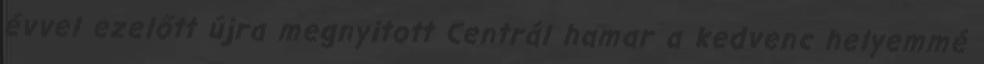
évvel ezelőtt újra megnyitott Centrál hamar a kedvenc helyemmé